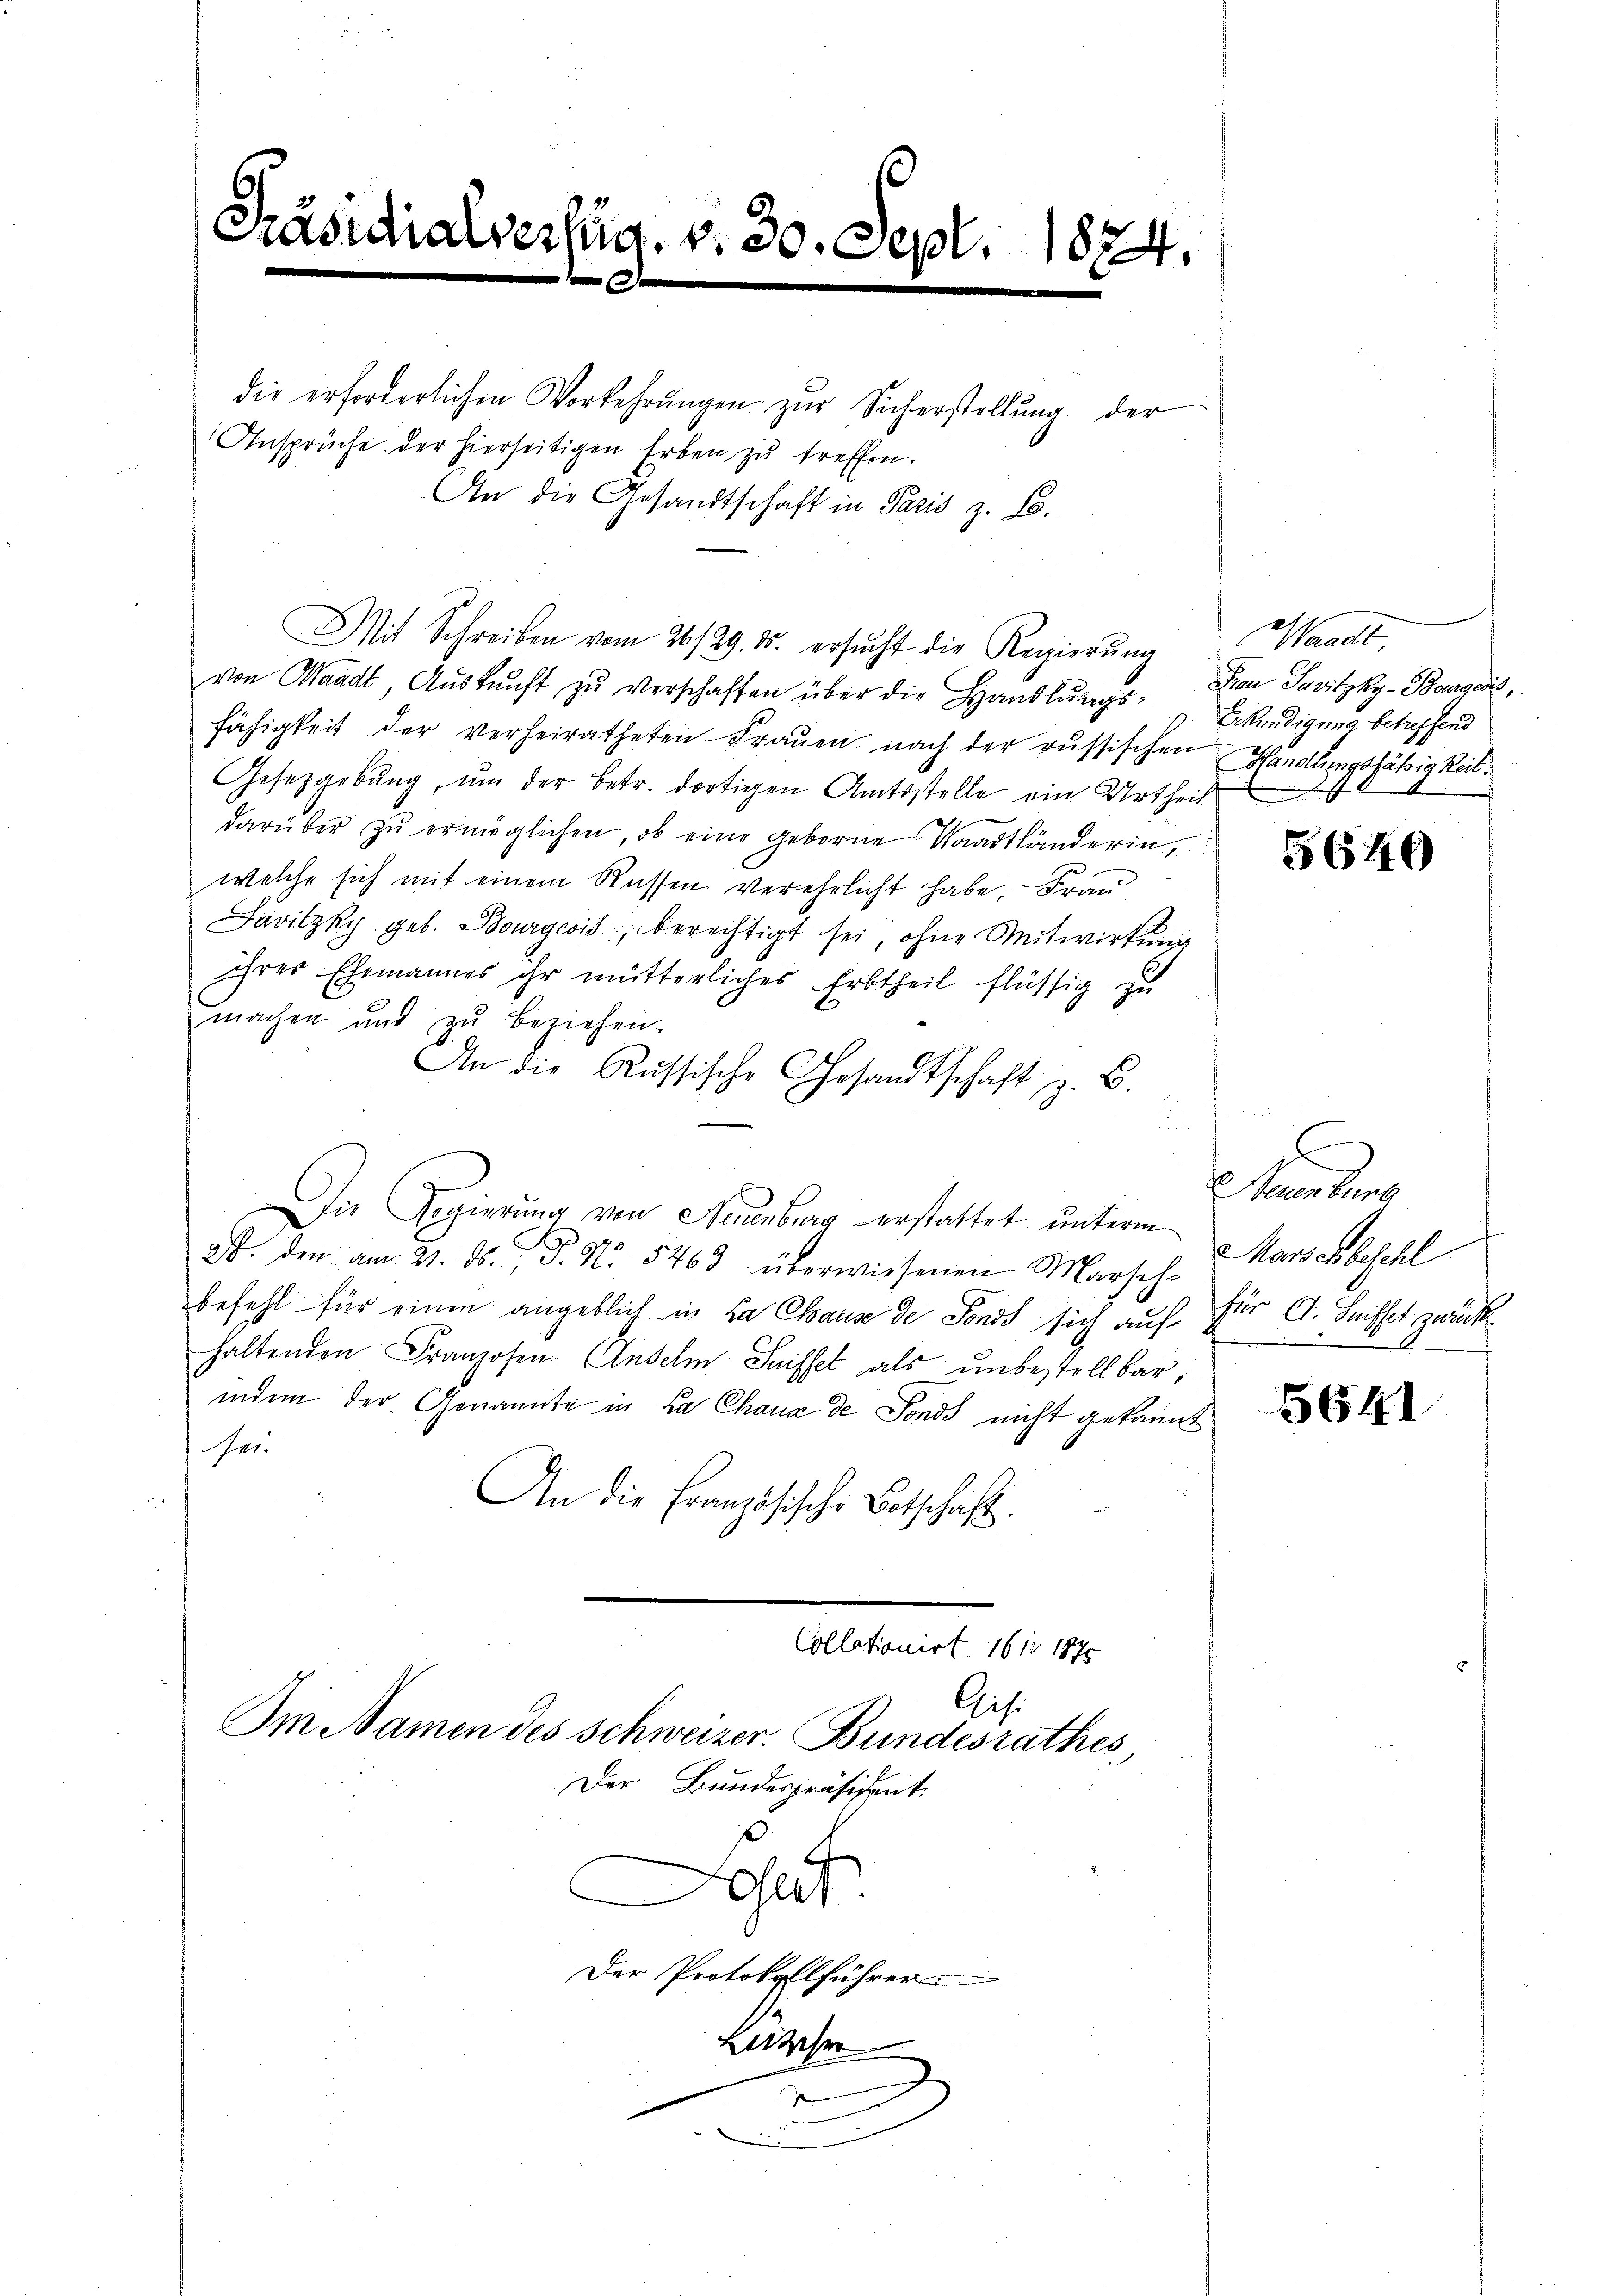
Präsidialverfüg. v. 30. Sept. 1874.

die erforderlichen Vorkehrungen zur Sicherstellung der
Ansprüche der hierseitigen Erben zu treffen.
An die Gesandtschaft in Paris z. B.
Mit Schreiben vom 26/29. ds. ersŭcht die Regierŭng
von Waadt, Aŭskŭnft zŭ verschaffen über die Handlŭngs- Frau Savitzky-Baagers,
fähigkeit der verheiratheten Fraŭen nach der russischen Handlungsfähigkeit¬
Gesetzgebung, um der betr. dortigen Amtsstelle ein Urtheil
darüber zu ermöglichen, ob eine geborene Waadtländerin,
welche sich mit einem Rüssen verehrlicht habe, Frau
Javitzky geb. Bourgeois, berechtigt sei, ohne Mitwirkung
ihres Ehemannes ihr mütterliches Erbtheil flüssig zu
machen und zŭ beziehen.
An die Russische Gesandtschaft z. B.
n
Die Regierung von Neuenburg erstattet unterm
28. den am 21. ds. P. N. 5463 überwiesenen Marsch-Marschbeschl
befehl für einen angeblich in da Chause de Fonds sich auf
haltenden Franzosen Anselm Seiffel als unbestellbar,
indem der Genannte in da Chaux de Sonds nicht gekannt
Ger.
An die Französische Botschaft.
Collationirt 1611 1890
Cis.
Im Namen des Schweizer. Bundesrathes
Der Bundespräsident.
et
Der Protokollführer
Lither
e

Waadt,
Erkundigung betreffend

5646

s Bern ders
für A. Suisset gerück

1641